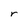
Character: r